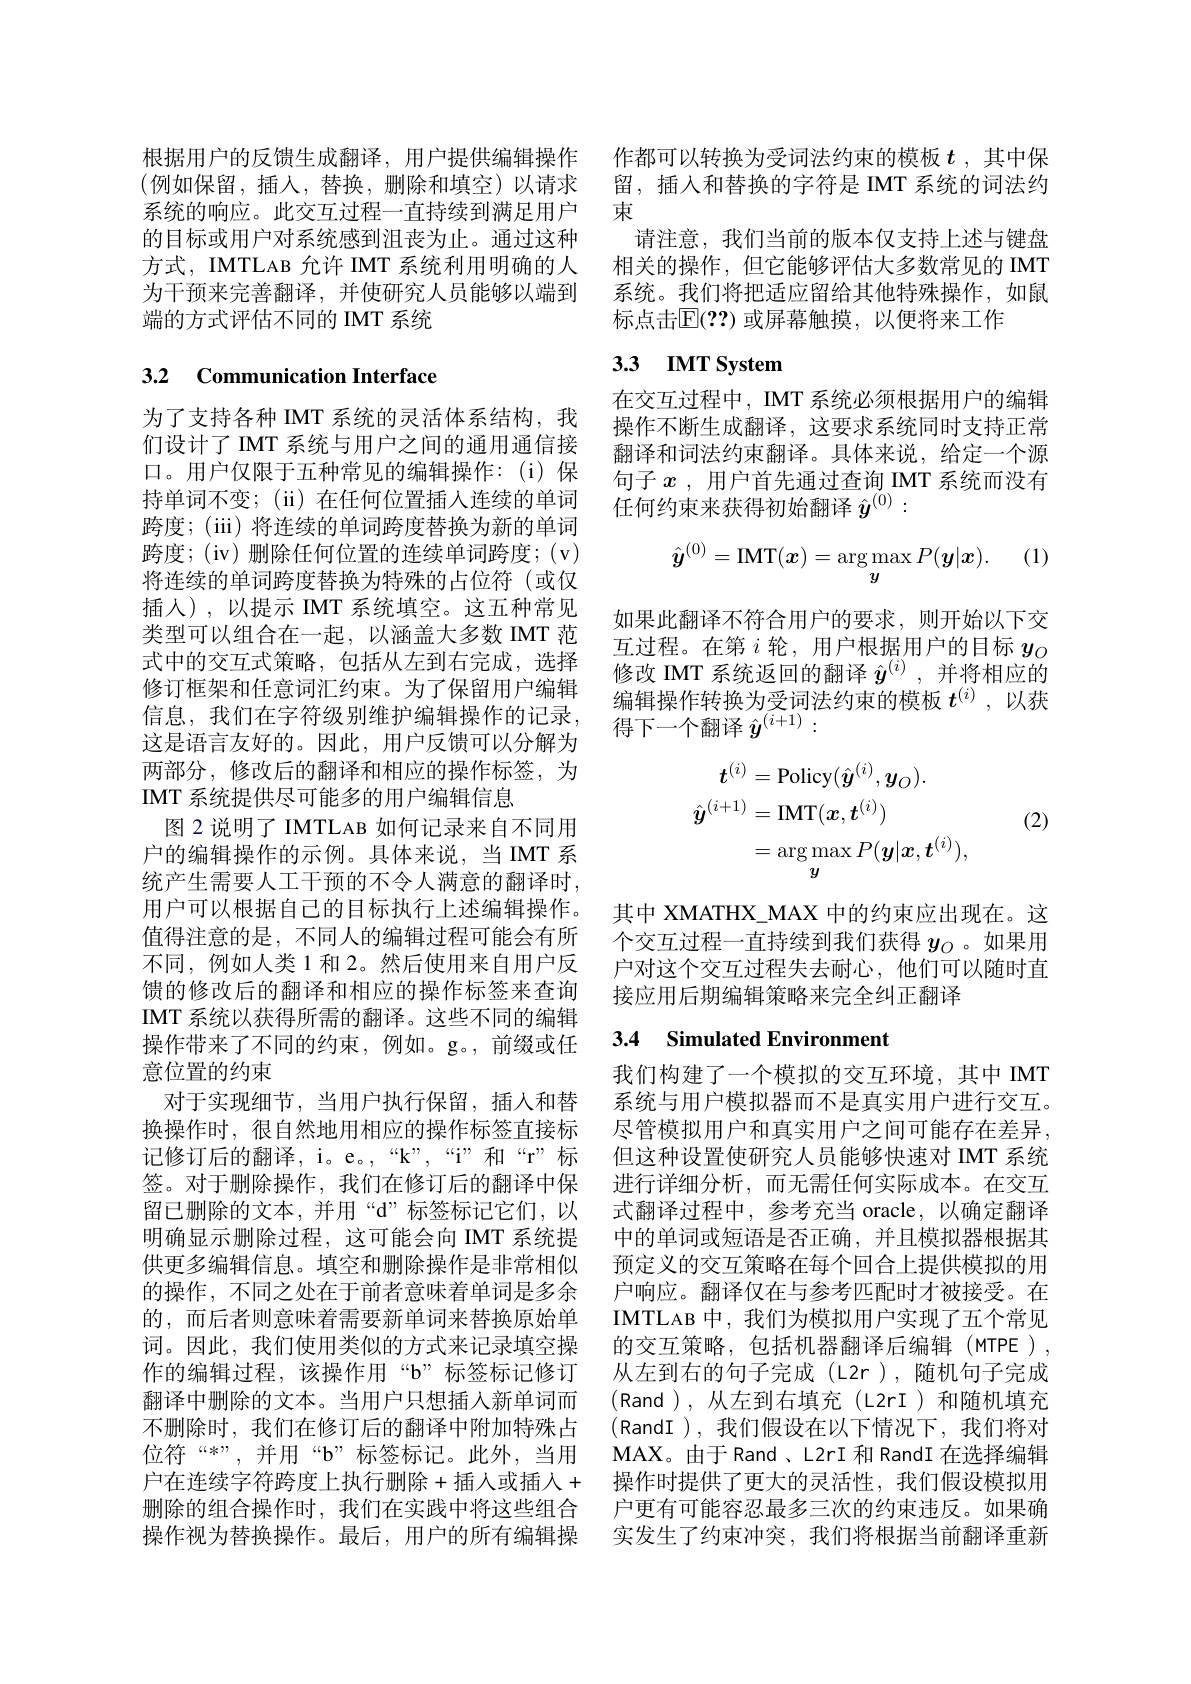
系统的响应。此交互过程一直持续到满足用户 束
的目标或用户对系统感到沮丧为止。通过这种为干预来完善翻译，并使研究人员能够以端到端的方式评估不同的 IMT 系统

# 3.2 Communication Interface

为了支持各种 IMT 系统的灵活体系结构，我们设计了 IMT 系统与用户之间的通用通信接口。用户仅限于五种常见的编辑操作：(i)保持单词不变；(ii)在任何位置插入连续的单词跨度；(iii) 将连续的单词跨度替换为新的单词跨度；(iv)删除任何位置的连续单词跨度；(v) 将连续的单词跨度替换为特殊的占位符(或仅插人),以提示 IMT 系统填空。这五种常见类型可以组合在一起，以涵盖大多数 IMT 范式中的交互式策略，包括从左到右完成，选择修订框架和任意词汇约束。为了保留用户编辑信息，我们在字符级别维护编辑操作的记录， 这是语言友好的。因此，用户反馈可以分解为两部分，修改后的翻译和相应的操作标签，为IMT 系统提供尽可能多的用户编辑信息
图 2 说明了 IMTLAB 如何记录来自不同用户的编辑操作的示例。具体来说，当IMT 系统产生需要人工干预的不令人满意的翻译时， 用户可以根据自己的目标执行上述编辑操作。值得注意的是，不同人的编辑过程可能会有所不同，例如人类 1 和 2。然后使用来自用户反馈的修改后的翻译和相应的操作标签来查询IMT 系统以获得所需的翻译。这些不同的编辑操作带来了不同的约束，例如。g。,前缀或任意位置的约束
对于实现细节，当用户执行保留，插入和替换操作时，很自然地用相应的操作标签直接标记修订后的翻译，i。e。,“k”,“i”和“r”标签。对于删除操作，我们在修订后的翻译中保留已删除的文本，并用“d”标签标记它们，以明确显示删除过程，这可能会向 IMT 系统提供更多编辑信息。填空和删除操作是非常相似的操作，不同之处在于前者意味着单词是多余的，而后者则意味着需要新单词来替换原始单词。因此，我们使用类似的方式来记录填空操作的编辑过程，该操作用“b”标签标记修订翻译中删除的文本。当用户只想插入新单词而不删除时，我们在修订后的翻译中附加特殊占位符“*”,并用“b”标签标记。此外，当用户在连续字符跨度上执行删除+插人或插人+ 操作时提供了更大的灵活性，我们假设模拟用删除的组合操作时，我们在实践中将这些组合 户更有可能容忍最多三次的约束违反。如果确操作视为替换操作。最后，用户的所有编辑操

根据用户的反馈生成翻译，用户提供编辑操作 作都可以转换为受词法约束的模板$t$ ,其中保(例如保留，插入，替换，删除和填空)以请求 留，插人和替换的字符是 IMT 系统的词法约
请注意，我们当前的版本仅支持上述与键盘
方式，IMTLAB 允许 IMT 系统利用明确的人 相关的操作，但它能够评估大多数常见的 IMT
系统。我们将把适应留给其他特殊操作，如鼠
标点击$\mathbb{E}(??)$ 或屏幕触摸，以便将来工作

## 3.3 IMT System

在交互过程中，IMT 系统必须根据用户的编辑操作不断生成翻译，这要求系统同时支持正常翻译和词法约束翻译。具体来说，给定一个源句子$x$ ,用户首先通过查询 IMT 系统而没有任何约束来获得初始翻译$\hat{y}^{(0)}:$
$$\hat{\boldsymbol{y}}^{(0)}=\mathrm{IMT}(\boldsymbol{x})=\arg\max_{\boldsymbol{y}}P(\boldsymbol{y}|\boldsymbol{x}).$$
如果此翻译不符合用户的要求，则开始以下交互过程。在第$i$轮，用户根据用户的目标$y_O$ 修改 IMT 系统返回的翻译$\hat{y}^{(i)}$ ,并将相应的编辑操作转换为受词法约束的模板$t^{(i)}$ ,以获得下一个翻译$\hat{y}^{(i+1)}:$
$$\begin{aligned}\boldsymbol{t}^{(i)}&=\mathrm{Policy}(\hat{\boldsymbol{y}}^{(i)},\boldsymbol{y}_{O}).\\\hat{\boldsymbol{y}}^{(i+1)}&=\mathrm{IMT}(\boldsymbol{x},\boldsymbol{t}^{(i)})\\&=\arg\max_{\boldsymbol{y}}P(\boldsymbol{y}|\boldsymbol{x},\boldsymbol{t}^{(i)}),\end{aligned}$$
(2)

其中 XMATHX\_MAX 中的约束应出现在。这个交互过程一直持续到我们获得$y_O$ 。如果用户对这个交互过程失去耐心，他们可以随时直接应用后期编辑策略来完全纠正翻译

## 3.4 Simulated Environment

我们构建了一个模拟的交互环境，其中 IMT 系统与用户模拟器而不是真实用户进行交互。尽管模拟用户和真实用户之间可能存在差异， 但这种设置使研究人员能够快速对 IMT 系统进行详细分析，而无需任何实际成本。在交互式翻译过程中，参考充当 oracle,以确定翻译中的单词或短语是否正确，并且模拟器根据其预定义的交互策略在每个回合上提供模拟的用户响应。翻译仅在与参考匹配时才被接受。在IMTLAB 中，我们为模拟用户实现了五个常见的交互策略，包括机器翻译后编辑(MTPE), 从左到右的句子完成(L2r),随机句子完成(Rand),从左到右填充(L2rI)和随机填充(RandI ),我们假设在以下情况下，我们将对MAX。由于Rand、L2rI 和 RandI 在选择编辑实发生了约束冲突，我们将根据当前翻译重新